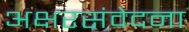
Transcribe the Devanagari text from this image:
अक्षरसंवेदना